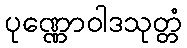
ပုဏ္ဏောဝါဒသုတ္တံ